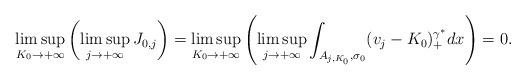
LaTeX: \begin{align*}\limsup_{K_{0}\rightarrow +\infty}\left(\limsup_{j\rightarrow +\infty}J_{0, j}\right) =\limsup_{K_{0}\rightarrow +\infty}\left(\limsup_{j\rightarrow +\infty} \int_{A_{j,K_{0}}, \sigma_{0}}(v_j - K_{0})_{+}^{\gamma^*}dx \right)=0.\end{align*}